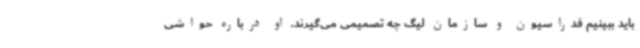
باید ببینیم فدراسیون و سازمان لیگ چه تصمیمی می‌گیرند. او درباره حواشی